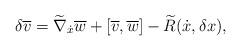
LaTeX: \begin{gather*} \delta \overline{ v } = \widetilde{ \nabla } _{\dot{x}} \overline{ w } + [ \overline{ v }, \overline{ w } ] - \widetilde{ R } ( \dot{x}, \delta x ) , \end{gather*}